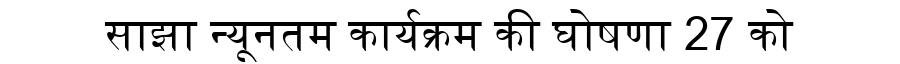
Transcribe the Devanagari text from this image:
साझा न्यूनतम कार्यक्रम की घोषणा 27 को